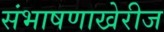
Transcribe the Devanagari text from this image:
संभाषणाखेरीज